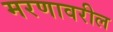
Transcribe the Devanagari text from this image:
मरणावरील